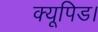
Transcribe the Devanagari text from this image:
क्यूपिड।